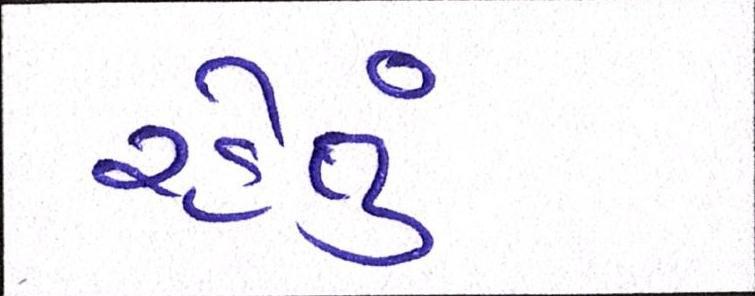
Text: રહેતું